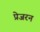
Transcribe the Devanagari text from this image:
प्रेजरन